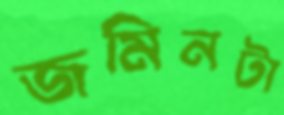
জমিনটা